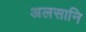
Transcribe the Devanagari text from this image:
अलसानि